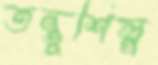
তন্তুশিল্প